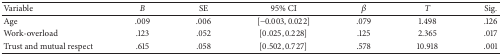
<table><thead><tr><td><b>Variable</b></td><td><b><i>B</i></b></td><td><b>SE</b></td><td><b>95% CI</b></td><td><b><i>β</i></b></td><td><b><i>T</i></b></td><td><b>Sig.</b></td></tr></thead><tbody><tr><td>Age</td><td>.009</td><td>.006</td><td>[−0.003, 0.022]</td><td>.079</td><td>1.498</td><td>.126</td></tr><tr><td>Work-overload</td><td>.123</td><td>.052</td><td>[0.025, 0.228]</td><td>.125</td><td>2.365</td><td>.017</td></tr><tr><td>Trust and mutual respect</td><td>.615</td><td>.058</td><td>[0.502, 0.727]</td><td>.578</td><td>10.918</td><td>.001</td></tr></tbody></table>